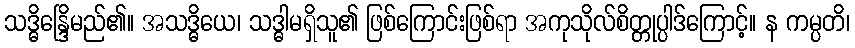
သဒ္ဓိန္ဒြေိမည်၏။ အသဒ္ဓိယေ၊ သဒ္ဓါမရှိသူ၏ ဖြစ်ကြောင်းဖြစ်ရာ အကုသိုလ်စိတ္တုပ္ပါဒ်ကြောင့်။ န ကမ္ပတိ၊